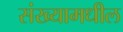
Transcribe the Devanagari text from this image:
संख्यामधील